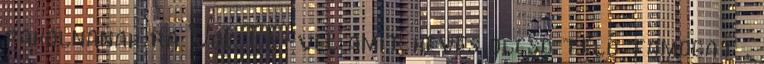
pakolnanak ra VoLTE-vel amit keves olcso telo tamogat .